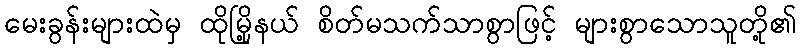
မေးခွန်းများထဲမှ ထိုမြို့နယ် စိတ်မသက်သာစွာဖြင့် များစွာသောသူတို့၏